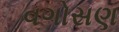
વગોસણ